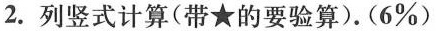
2.列竖式计算(带★的要验算)。(6%)